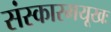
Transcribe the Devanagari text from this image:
संस्कारमयूखः